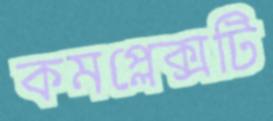
কমপ্লেক্সটি